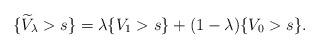
LaTeX: \begin{align*}\{ \widetilde V_\lambda>s\}=\lambda\{V_1>s\}+(1-\lambda)\{V_0>s\}.\end{align*}